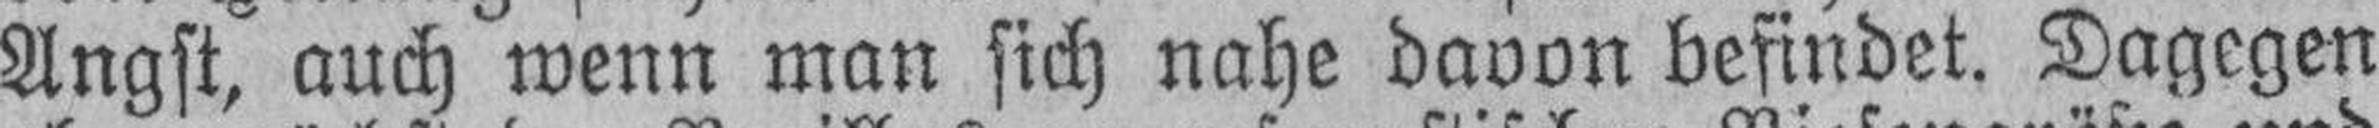
Angst, auch wenn man sich nahe davon befindet. Dagegen